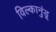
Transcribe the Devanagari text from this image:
विल्कानुंडू